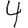
Digit: 4